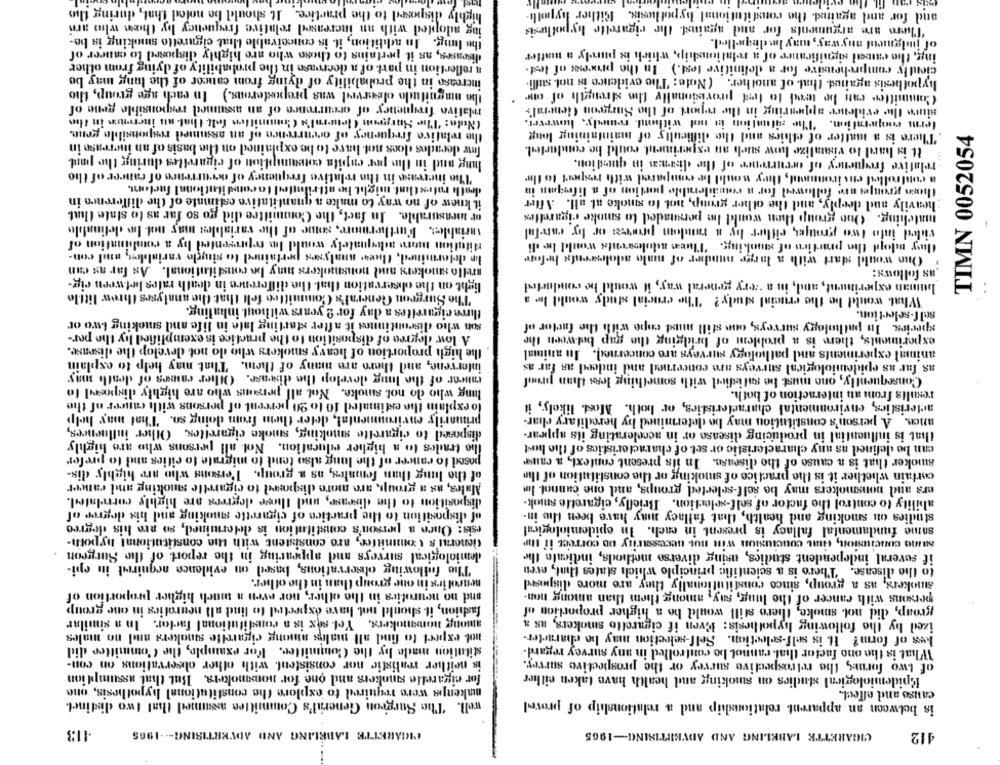
highly disposed to the practice. It should be noted that, during the
and for and against the constitutional hypothesis. Either hypoth
ing adopted with an increased relative frequency by the who are
There are arguments for and against. the cigarette hypothesis
the long. In addition, it is conceivable that cigarette smoking is be-
of judgment auy way, may be disqu.thedl.
diseases, as it pertains to those who are highly disposed to cancer of
ing, the camed significance of a relationship, which is purely a matter
a reflection in part of a decrease in the probability of dying from other
ciently comprehensive for a definitive test.) In the proces of lest.
increase in the probability of dying from cancer of the lung may be
hypothesis against that of another. (Note: The evidence is not. sulli
the magnitudo ofserved was preposterous.) In each age group, tho
Committer can be used to fest provisionally the strength of one
mative frequency of occurrence of an assumed responsible gene of
since the evidence appearing in the report of the Surgeon General's
(Note: The Surgeon Clearral's Committen felt that nu increase in the
term cooperation. "The situation is not withend, remedy, however,
the relative frequency of occurrence of an assumed responsible genn.
There is a matter of ethics and the difficulty of maintaining long
TIMN 0052054
for decades does not have to he explained on the basis of an increase in
It is hard to visualize how such an experiment could be conducted.
hung and in the per capita coteamyption of cigarettes during the paul.
relative frequency of occurrence of the dianas in question.
"To increase in the relative frequency of occurrence of cancer of the
a controlled ens ironment, they would be compared with respect to the
death ratesthat might be attributed to conditational factor.
thon groupes ate followed for a considerable portion of a lifesmn in
it knew of no way to make a quantitative estimate of the difference in
:heavily and deeply, and the other group, not to smoke at all. After
or measurable. In fact, the Committee did go so far as to state that
matching. One group then woukl he persuaded to smoke cigarettes
variables. Furthermore, some of the variables may od In definable
vided into two groupes, eifler by a random procesat or hy can-ful
dilution more notequalely would be represented by a combination of
they moord the practico of smoking. 'Tlucas adolescents would be di
Le delarmined, they analyses pertained to single variables, and con-
. One would start with a large nunder of naalo adolescents hrfor
arello smokers and nonsmokers may be constitutional. As far as can
as follows:
light on the observation that the difference in death rates between rig-
human experiment, and, in a very general way, it would be conducted
The Surgeon General's Committee felt that the analyses threw little
What would be the crucial study? "The crucial study would lo a
three cigarettes a day for 2 years without inhaling.
self-selection.
son who discontinues it after starting late in life and smoking two or
species. In pathology surveys, one still must copo with the factor of
A low degree of disposition to the practice is exemplified hy the por-
experiments, there is a problem of bridging the gap between the
the high proportion of heavy smokers who do not develop the disease.
animal experiments and pathology surveys are concerned. In animal
intervene, and there are many of them. That may help to explain
as far as epidemiological surveys are concerned and indeed as far as
mier of the long develop the disease. Other causes of death may
Consequently, one must be satisfied with something less than prunf
lung who do not smoke. Not all persons who are highly disposed to
results from an interaction of both.
lo explain the estimated 10 to 20 percent of persons with cancer of the
acteristics, environmental characteristics, or both. Most. likely, it
primarily environmental, deter them from doing so. That may help
ance. A person's constitution may be determined by hereditary char-
disposed to cigarette smoking, smoke cigarettes, Other influences,
that is influential in producing disease or in accelerating its appear-
tho trades to a higher education. Not all persons who are highly
can be defined as any characteristic or set of characteristics of the host
posed to rancer of the long also tend to migrate to cities and to prefer
smoker that is a cause of the disease. In ils present context, a caus
of the lung than females, as a group. P'ersons who are highly dis-
cortain whether it is the practice of smoking or the constitution of Ilu
Males, as a group, are more disposed to cigarette smoking and cancer
ers and nonsmokers may be self-selected groups, and one 'cannot- li
disposition to the disease, und three degrees are highly correlated.
ability to control the factor of self-selection. Briefly, cigarette smok-
of disposition to the practice of cigarette smoking and his degree of
studies ou smoking and health, that fallacy may have been the in-
esis: Once a person's constitution is determined, so aro his degree
same fundamental fallacy is present in each. In epidemiological
tienerat's Committee, are consistent with the constitutional hypoth-
SIIO CONCISION, CHIL CONCLUSION WIR BOL Necessarily DO GOFreCE ii III
demiological surveys and appearing in the report of the Surgeon
if several independent studies, using diverso methods, indicate Ile
The following observations, based on evidence acquired in epi-
to the disease. There is a scientific principle which states that, even
nenrel ing in one group than in the other.
smokers, as a group, since constitutionally they are more disjoerd
and no neuroties in the other, nor even a much higher proportion of
persons with cancer of the lung, say, among them than among non-
fashion, it should not have expected to find all neurotics in one group
group, did not smoke, there still would be a higher proportion of
among nonsmokers, Yel sex is a constitutional factor. In a similar
ized by the following hypothesis: Even if cigarette smokers, as a
not expect to find all males among cigarette smokers and no males
kes of form? It is self-selection. Self-selection may be character-
stitution made by the Committee. For example, the Committee did
What is the ono factor that cannot be controlled in any survey regard-
is neither realistic nor consistent. with other observations on con-
of two forms, the retrospective survey or the prospective survey.
for cigarette smokers and one for nonsmokers. But that assumption
Epidemiological studies on smoking and health have taken either
makenps were required to explore the constitutional hypothesis, one
cause and effect.
well. The Surgeon General's Committee assumed that two distinct.
is between an apparent relationship and a relationship of provel
.113
MICIARETTE LABELING AND ADVERTISING --- 1905
CIGARETTE LABELING AND ADVERTISING-1965
412